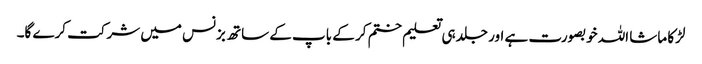
لڑکا ماشا اللہ خوبصورت ہے اور جلد ہی تعلیم ختم کر کے باپ کے ساتھ بزنس میں شرکت کرے گا۔